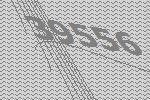
39556